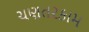
ચણતરકામ